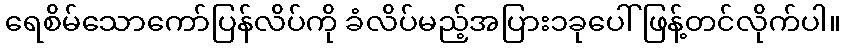
ရေစိမ်သောကော်ပြန်လိပ်ကို ခံလိပ်မည့်အပြား၁ခုပေါ်ဖြန့်တင်လိုက်ပါ။